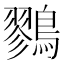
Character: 鷚